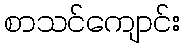
စာသင်ကျောင်း